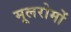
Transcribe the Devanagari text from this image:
मूलरोमों